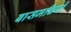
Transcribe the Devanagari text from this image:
बासमचियों